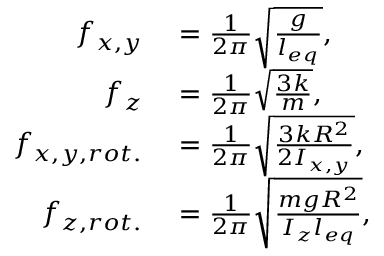
\begin{array} { r l } { f _ { x , y } } & { { } = \frac { 1 } { 2 \pi } \sqrt { \frac { g } { l _ { e q } } } , } \\ { f _ { z } } & { { } = \frac { 1 } { 2 \pi } \sqrt { \frac { 3 k } { m } } , } \\ { f _ { x , y , r o t . } } & { { } = \frac { 1 } { 2 \pi } \sqrt { \frac { 3 k R ^ { 2 } } { 2 I _ { x , y } } } , } \\ { f _ { z , r o t . } } & { { } = \frac { 1 } { 2 \pi } \sqrt { \frac { m g R ^ { 2 } } { I _ { z } l _ { e q } } } , } \end{array}